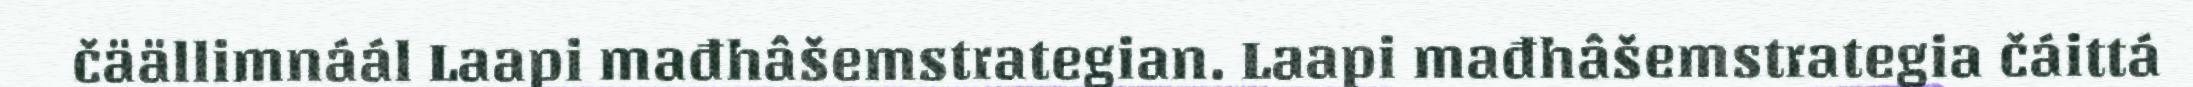
čäällimnáál Laapi mađhâšemstrategian. Laapi mađhâšemstrategia čáittá